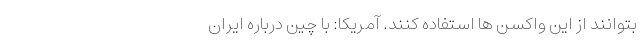
بتوانند از این واکسن ها استفاده کنند. آمریکا: با چین درباره ایران